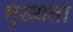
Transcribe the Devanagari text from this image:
मु़ख्यता